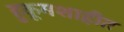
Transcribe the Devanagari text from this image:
हुकूमशाहीत